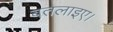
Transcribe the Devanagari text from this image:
बतलाइए।